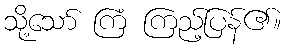
သို့သော် ကြံ ကြည့်ပြန်၏။